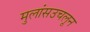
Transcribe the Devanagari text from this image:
मुलांसउचलून